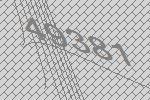
49381